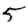
Digit: 5